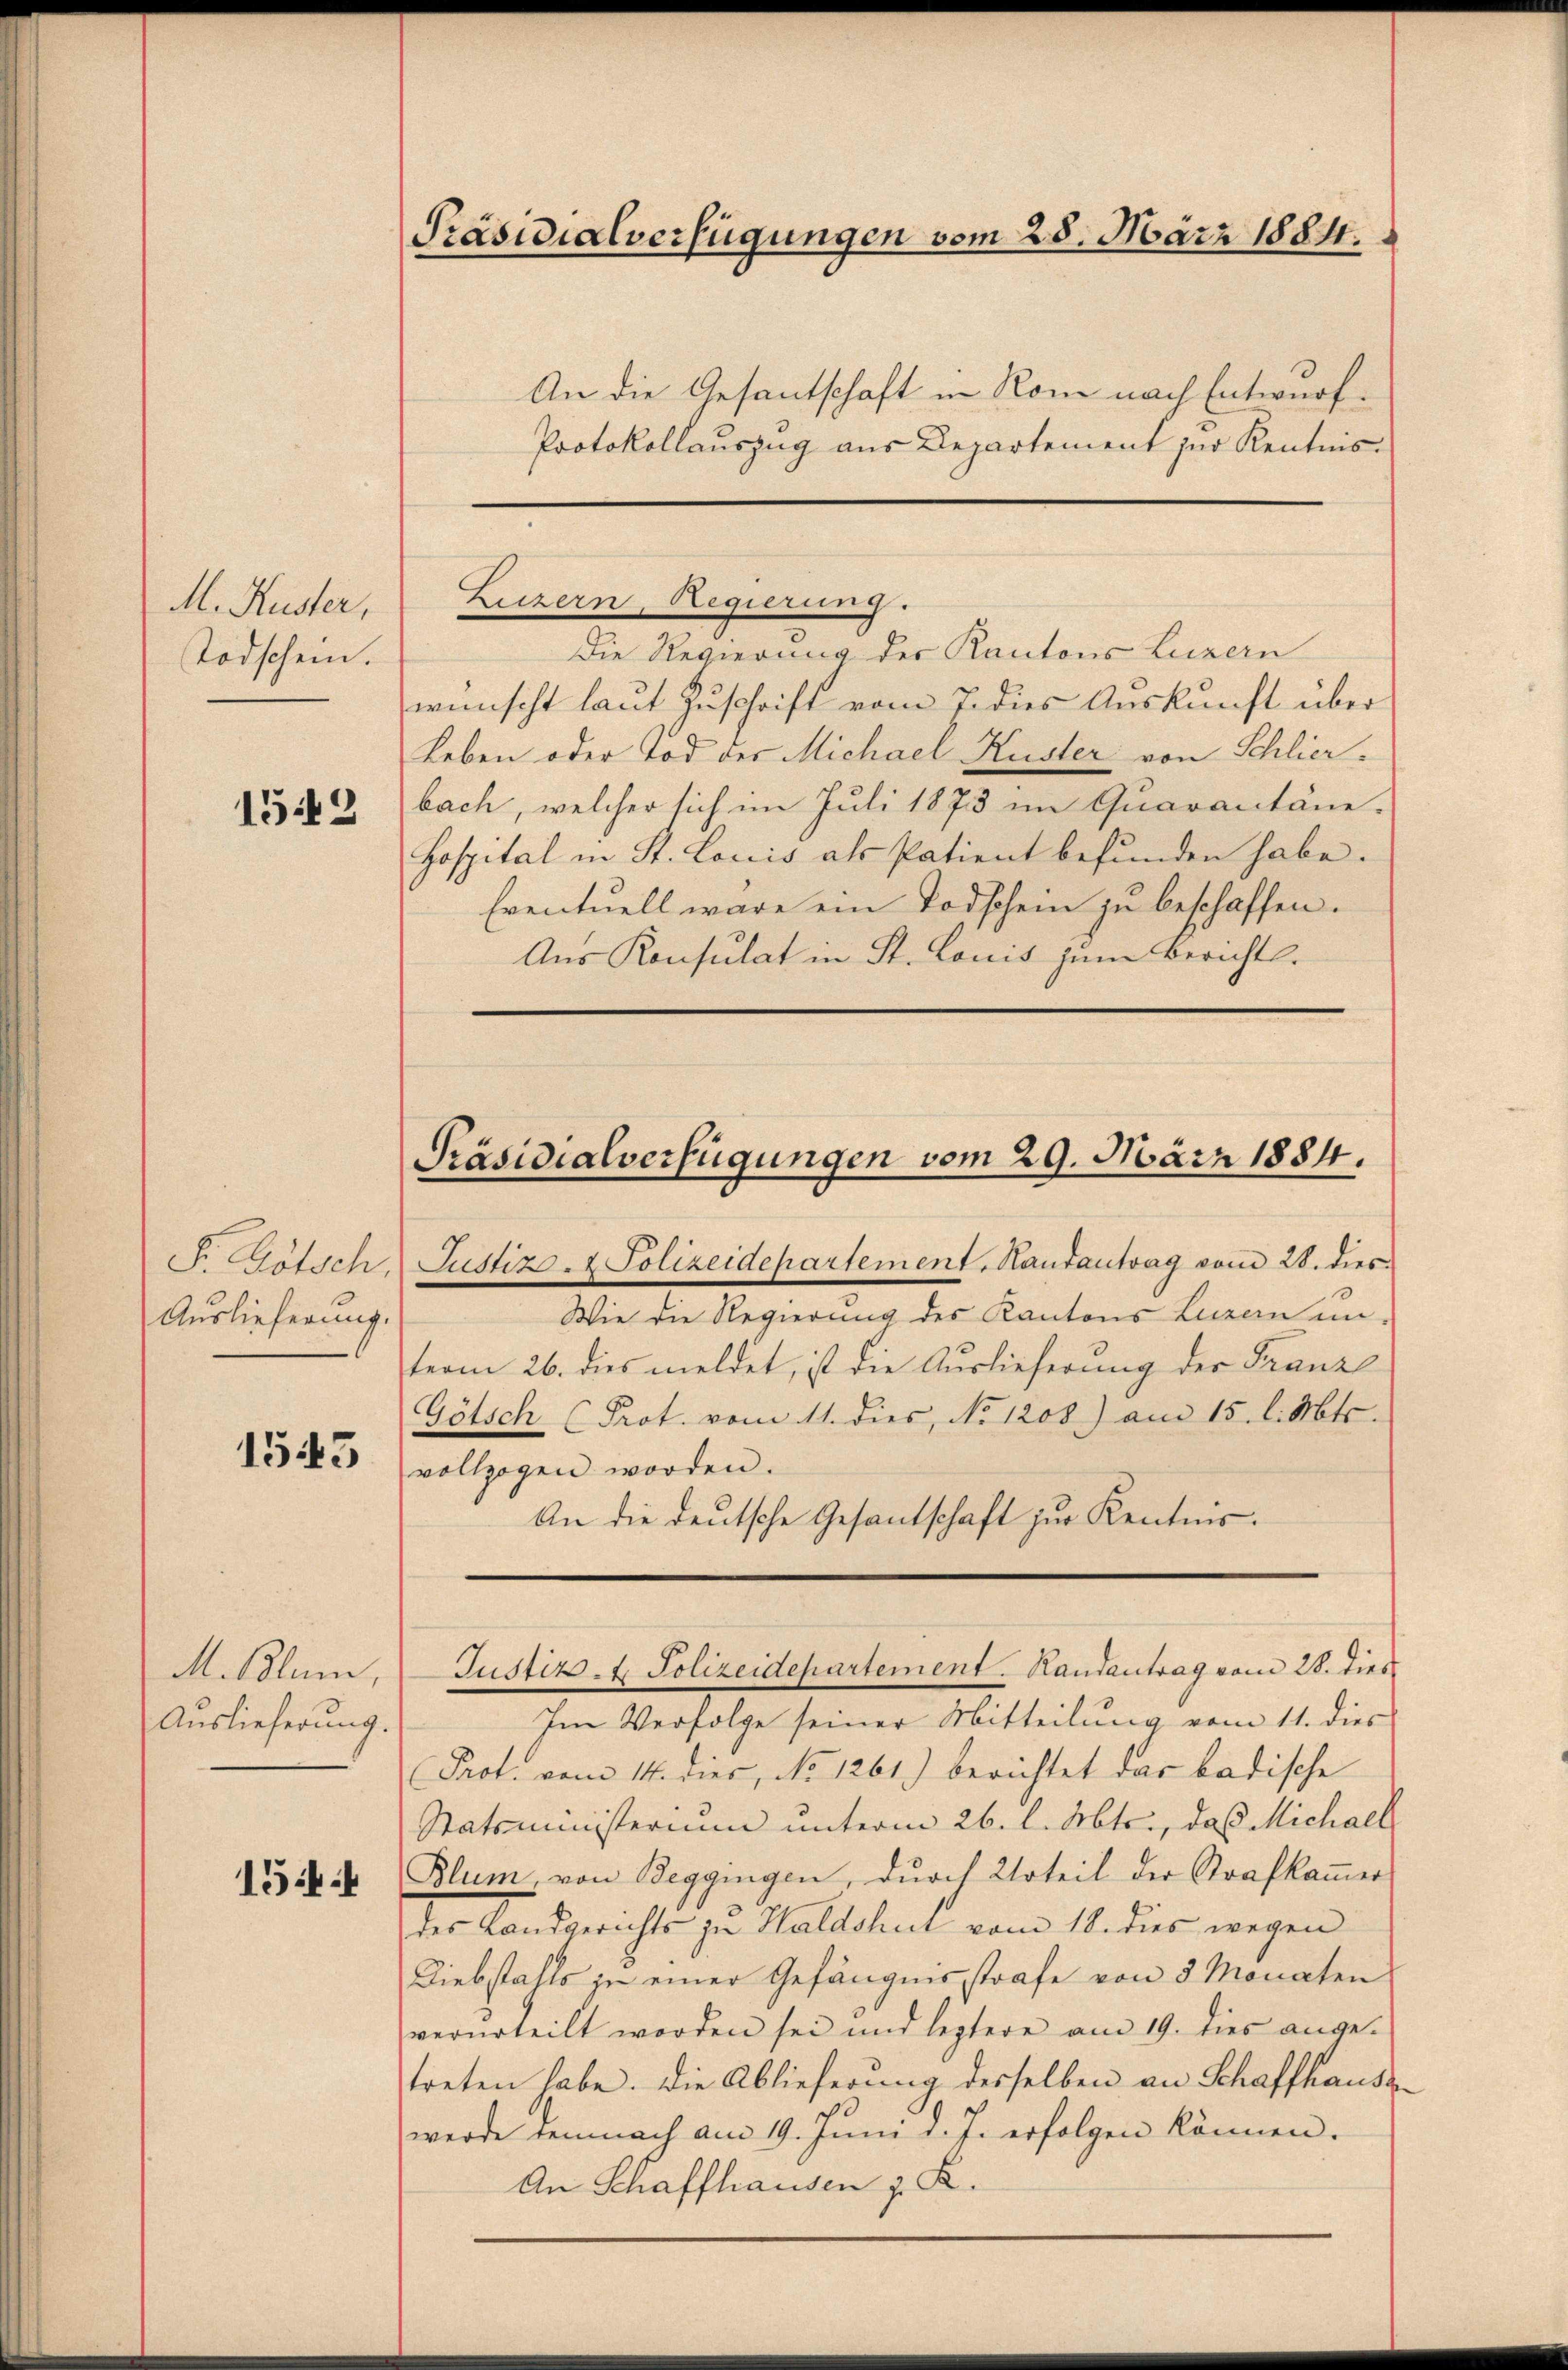
M. Kuster,
Todschein.

1542

S. Götsch,
Auslieferung.

1543

M. Blum,
Auslieferung.

1544

Präsidialverfügungen vom 25. März 1884.

An die Gesantschaft in Nom nach Entwurf.
Protokollauszug aus Departement zur Kenntnis¬
Die Regierung der Kantons Luzern
wünscht laut Zuschrift vom 7. dies Auskunft über
Leben oder Tod der Michael Kuster von Schlier-
bach, welcher sich im Juli 1873 im Quarantäne-
Hospital in St. Loriis als Patient befunden habe.
Eventuell wäre ein Todschein zu beschaffen.
Aus Konsulat in St. Lonis zum Bericht.

Luzern, Regierung.

Präsidialverfügungen vom 29. März 1884.

Justiz- & Polizeidepartement, Handantrag vom 28. dies
Wie die Regierung des Kantons Luzern unterm 26. dies meldet, ist die Auslieferung der Franze
Götsch (Prot. vom 11. dies, No 1208) am 15. l. Mts.
vollzogen worden.
An die deutsche Gesandschaft zur Kenntnis.

Im Verfolge seiner Mitteilung vom 11. dies
Prot. vom 14. dies, No 1261.) berichtet das badische
Statsministerium unterm 26. l. Mts., daß Michael
Blum, von Beggingen, dŭrch Urteil der Strafkammer
der Landgerichts zu Waldshut vom 18. dies wegen
Diebstahls zu einer Gefängnisstrafe von 5 Monaten
verurteilt worden sei und leztere am 19. dies ange-
treten habe. Die Ablieferung desselben an Schaffhausswerde demnach am 19. Juni d. J. erfolgen können.
An Schaffhausen z. R.

Justizs 4. Polizeidepartement. Handantrag vom 28. dies